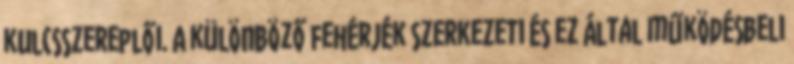
kulcsszereplői. A különböző fehérjék szerkezeti és ez által működésbeli